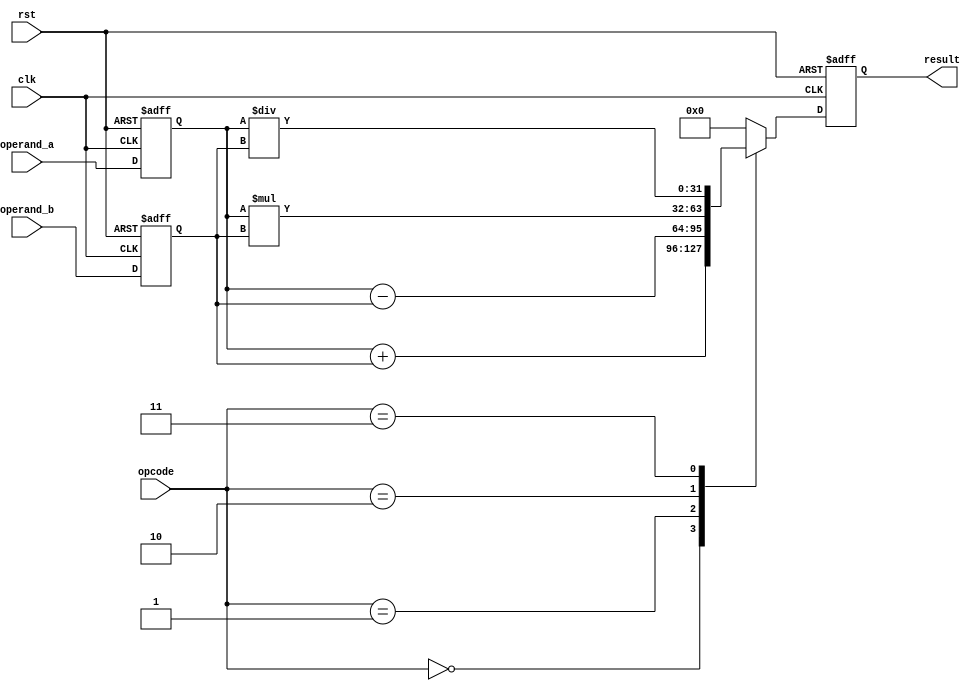
module floating_point_alu (
    input wire clk,
    input wire rst,
    input wire [31:0] operand_a,
    input wire [31:0] operand_b,
    input wire [2:0] opcode,
    output wire [31:0] result
);

reg [31:0] result_reg;
reg [31:0] operand_a_reg;
reg [31:0] operand_b_reg;

always @ (posedge clk or posedge rst) begin
    if (rst) begin
        result_reg <= 32'b0;
        operand_a_reg <= 32'b0;
        operand_b_reg <= 32'b0;
    end else begin
        operand_a_reg <= operand_a;
        operand_b_reg <= operand_b;
        
        // Perform arithmetic operation based on opcode
        case(opcode)
            3'b000: result_reg <= operand_a_reg + operand_b_reg; // Addition
            3'b001: result_reg <= operand_a_reg - operand_b_reg; // Subtraction
            3'b010: result_reg <= operand_a_reg * operand_b_reg; // Multiplication
            3'b011: result_reg <= operand_a_reg / operand_b_reg; // Division
            default: result_reg <= 32'h0; // Default to 0 in case of invalid opcode
        endcase
    end
end

assign result = result_reg;

endmodule